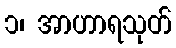
၁၊ အာဟာရသုတ်